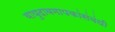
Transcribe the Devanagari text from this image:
वायुदाबमापकांसंबंधी